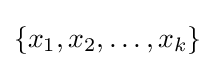
\{x_{1},x_{2},\dots ,x_{k}\}